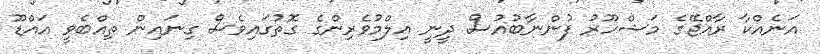
އަނެއްކާ ރާއްޖޭގެ މަޝްހޫރު ފުންނާބުއުސް ދީނީ އިލްމުވެރިންގެ ގޮތުގައިވެސް ގިނައިން ތިއްބެވީ އައްޑޫ